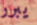
يبرر